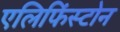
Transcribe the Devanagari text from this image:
एलिफिंस्टोन